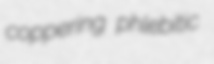
coppering phlebitic